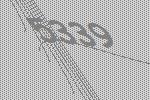
5339